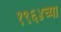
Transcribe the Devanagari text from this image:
१९६४च्या